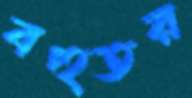
বহুতর